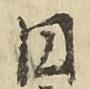
円